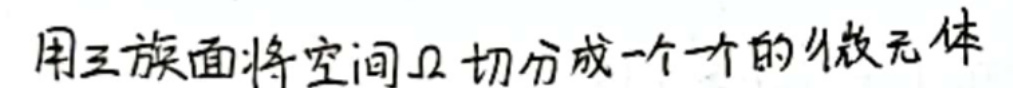
用三族面将空间$\Omega$切分成一个一个的微元体